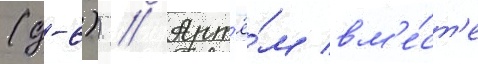
(д-6)) // Арт'ё́м вм'е́ст'е